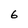
Character: 6